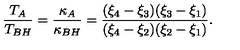
\frac { T _ { A } } { T _ { B H } } = \frac { \kappa _ { A } } { \kappa _ { B H } } = \frac { ( \xi _ { 4 } - \xi _ { 3 } ) ( \xi _ { 3 } - \xi _ { 1 } ) } { ( \xi _ { 4 } - \xi _ { 2 } ) ( \xi _ { 2 } - \xi _ { 1 } ) } .